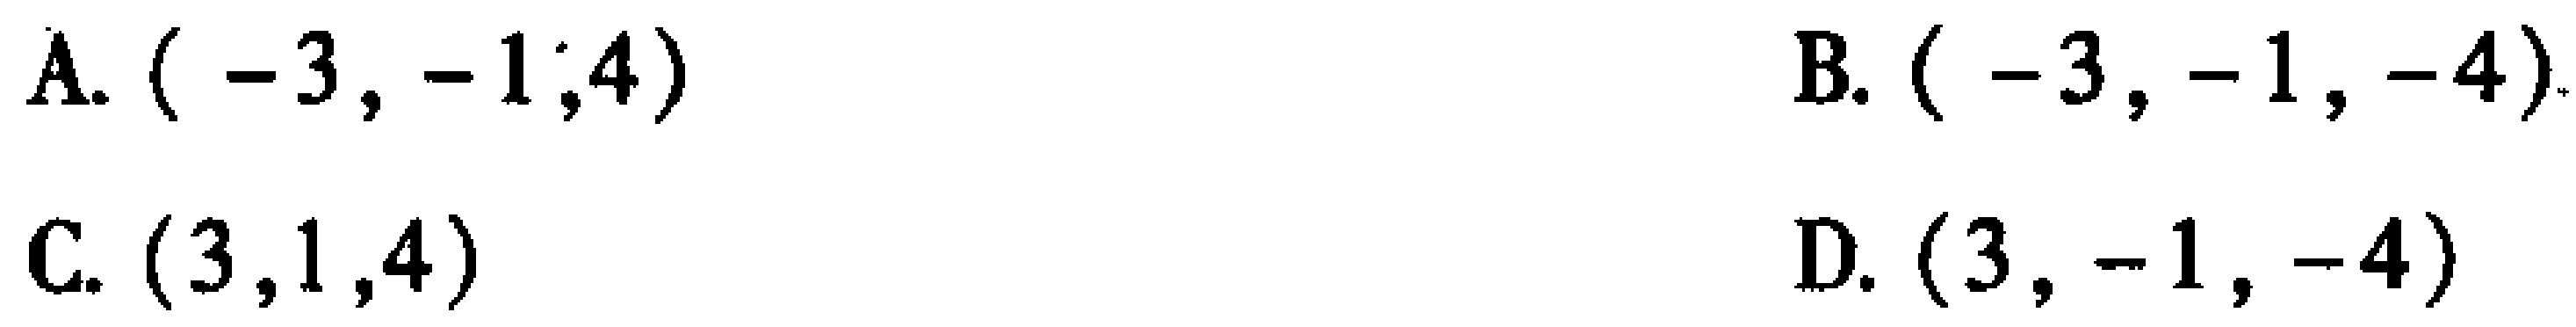
A. \(( -3, -1;4)\)  B. \(( -3, -1, -4)\)  C. \((3,1,4)\)  D. \((3, -1, -4)\)